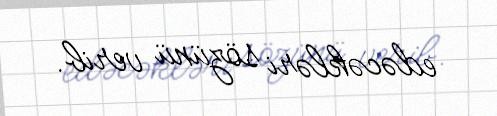
edəcəkləri sözünü verib.